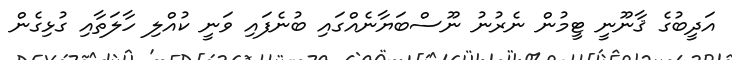
އަދީބުގެ ޤާނޫނީ ޓީމުން ނެރުނު ނޫސްބަޔާނެއްގައި ބުނެފައި ވަނީ ކުއްލި ހާލަތާއި ގުޅިގެން